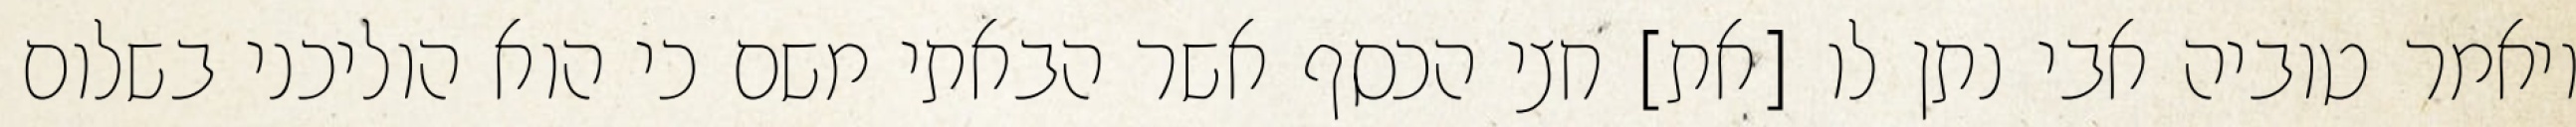
ויאמר טוביה אבי נתן לו [את] חצי הכסף אשר הבאתי משם כי הוא הוליכני בשלום